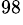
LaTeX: ^{98}